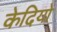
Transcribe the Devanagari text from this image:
केदियो